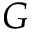
G